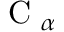
\mathrm { ~ C ~ } _ { \alpha }